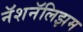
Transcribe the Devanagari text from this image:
नॅशनॅलिझम